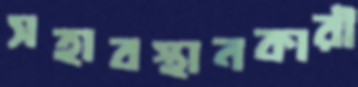
সহাবস্থানকারী